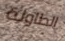
الطاولة